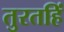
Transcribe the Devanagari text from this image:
तुरतहिं